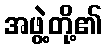
အဖွဲ့တို့၏